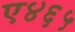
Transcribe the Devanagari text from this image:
ए४६५